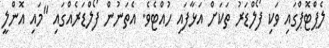
ލެޕްޓޮޕްގައި ވަކި ފޯލްޑަރު ތަކަށް އަޅާފައި ހުއްޓެވެ. އެތަނުން ފޯލްޑަރެއްގައި "މައި އޮންލީ